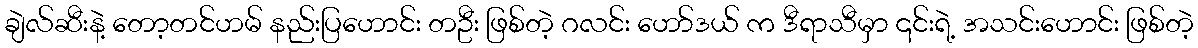
ချဲလ်ဆီးနဲ့ တော့တင်ဟမ် နည်းပြဟောင်း တဦး ဖြစ်တဲ့ ဂလင်း ဟော်ဒယ် က ဒီရာသီမှာ ၎င်းရဲ့ အသင်းဟောင်း ဖြစ်တဲ့